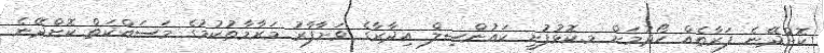
ކޮށްދޭނެ ފަރާތެއް ހޯދުމަށް މ.ކޮޅުފުށީ ކައުންސިލް އިދާރާގެ ވަށާފާރު މަރާމާތުކުމުގެ މަސައްކަތް ކޮށްދޭނެ